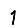
Digit: 1